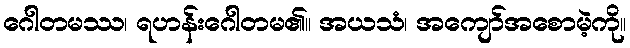
ဂေါတမဿ၊ ရဟန်းဂေါတမ၏။ အယသံ၊ အကျော်အစောမဲ့ကို။